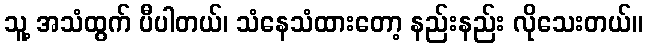
သူ့ အသံထွက် ပီပါတယ်၊ သံနေသံထားတော့ နည်းနည်း လိုသေးတယ်။